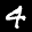
Label: 4